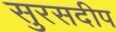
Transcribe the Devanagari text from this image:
सुरसदीप